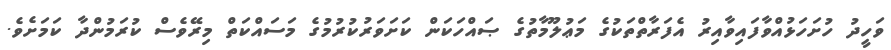
ވަހީދު ހުށަހަޅުއްވާފައިވާއިރު އެފަރާތްތަކުގެ މަޢުލޫމާތުގެ ޞައްހަކަން ކަށަވަރުކުރުމުގެ މަސައްކަތް މިރޭވެސް ކުރަމުންދާ ކަމަށެވެ.